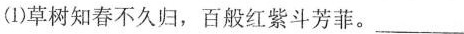
(1)草树知春不久归，百般红紫斗芳菲。___